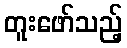
တူးဖော်သည့်